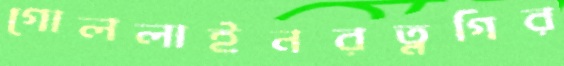
গোললাইনরত্নগির